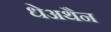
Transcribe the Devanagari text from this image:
धेअथैन